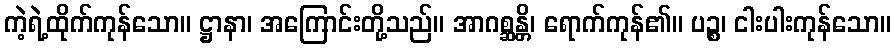
ကဲ့ရဲ့ထိုက်ကုန်သော။ ဋ္ဌာနာ၊ အကြောင်းတို့သည်။ အာဂစ္ဆန္တိ၊ ရောက်ကုန်၏။ ပဉ္စ၊ ငါးပါးကုန်သော။